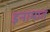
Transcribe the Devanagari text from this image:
इनामात